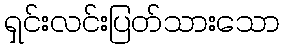
ရှင်းလင်းပြတ်သားသော